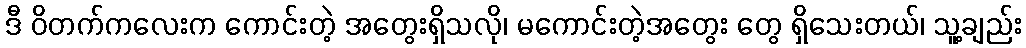
ဒီ ဝိတက်ကလေးက ကောင်းတဲ့ အတွေးရှိသလို၊ မကောင်းတဲ့အတွေး တွေ ရှိသေးတယ်၊ သူ့ချည်း